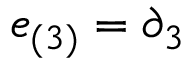
e _ { ( 3 ) } = \partial _ { 3 }